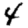
Digit: 4